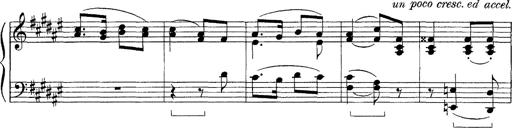
Title: FÃ¼nf KlavierstÃ¼cke
Composer: Franz Liszt